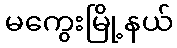
မကွေးမြို့နယ်